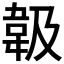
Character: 𩎕